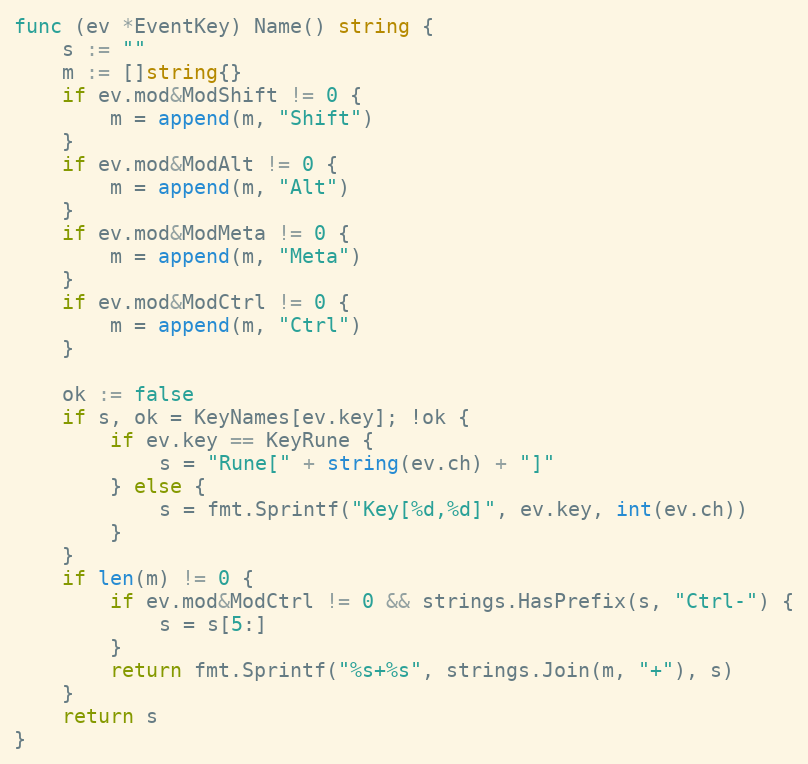
Language: Go
func (ev *EventKey) Name() string {
	s := ""
	m := []string{}
	if ev.mod&ModShift != 0 {
		m = append(m, "Shift")
	}
	if ev.mod&ModAlt != 0 {
		m = append(m, "Alt")
	}
	if ev.mod&ModMeta != 0 {
		m = append(m, "Meta")
	}
	if ev.mod&ModCtrl != 0 {
		m = append(m, "Ctrl")
	}

	ok := false
	if s, ok = KeyNames[ev.key]; !ok {
		if ev.key == KeyRune {
			s = "Rune[" + string(ev.ch) + "]"
		} else {
			s = fmt.Sprintf("Key[%d,%d]", ev.key, int(ev.ch))
		}
	}
	if len(m) != 0 {
		if ev.mod&ModCtrl != 0 && strings.HasPrefix(s, "Ctrl-") {
			s = s[5:]
		}
		return fmt.Sprintf("%s+%s", strings.Join(m, "+"), s)
	}
	return s
}